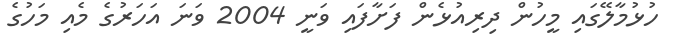
ހުޅުމާލޭގައި މީހުން ދިރިއުޅެން ފަށާފައި ވަނީ 2004 ވަނަ އަހަރުގެ މެއި މަހުގެ